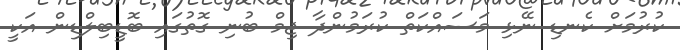
ކުރުމަށް ކެނޑި ނޭޅި މަސައްކަތް ކުރަމުންދާ ޖިމް ބުނި ގޮތުގައި ބޮޑީބިލްޑިން އަކީ